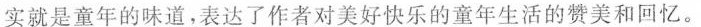
实就是童年的味道，表达了作者对美好快乐的童年生活的赞美和回忆。